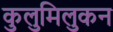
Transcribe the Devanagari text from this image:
कुलुमिलुकन